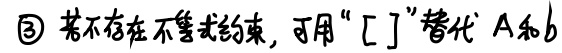
若不存在不等式约束，可用“$[]$”替代 $A$ 和 $b$